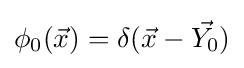
{\textstyle \phi _{0}({\vec {x}})=\delta ({\vec {x}}-{\vec {Y_{0}}})}